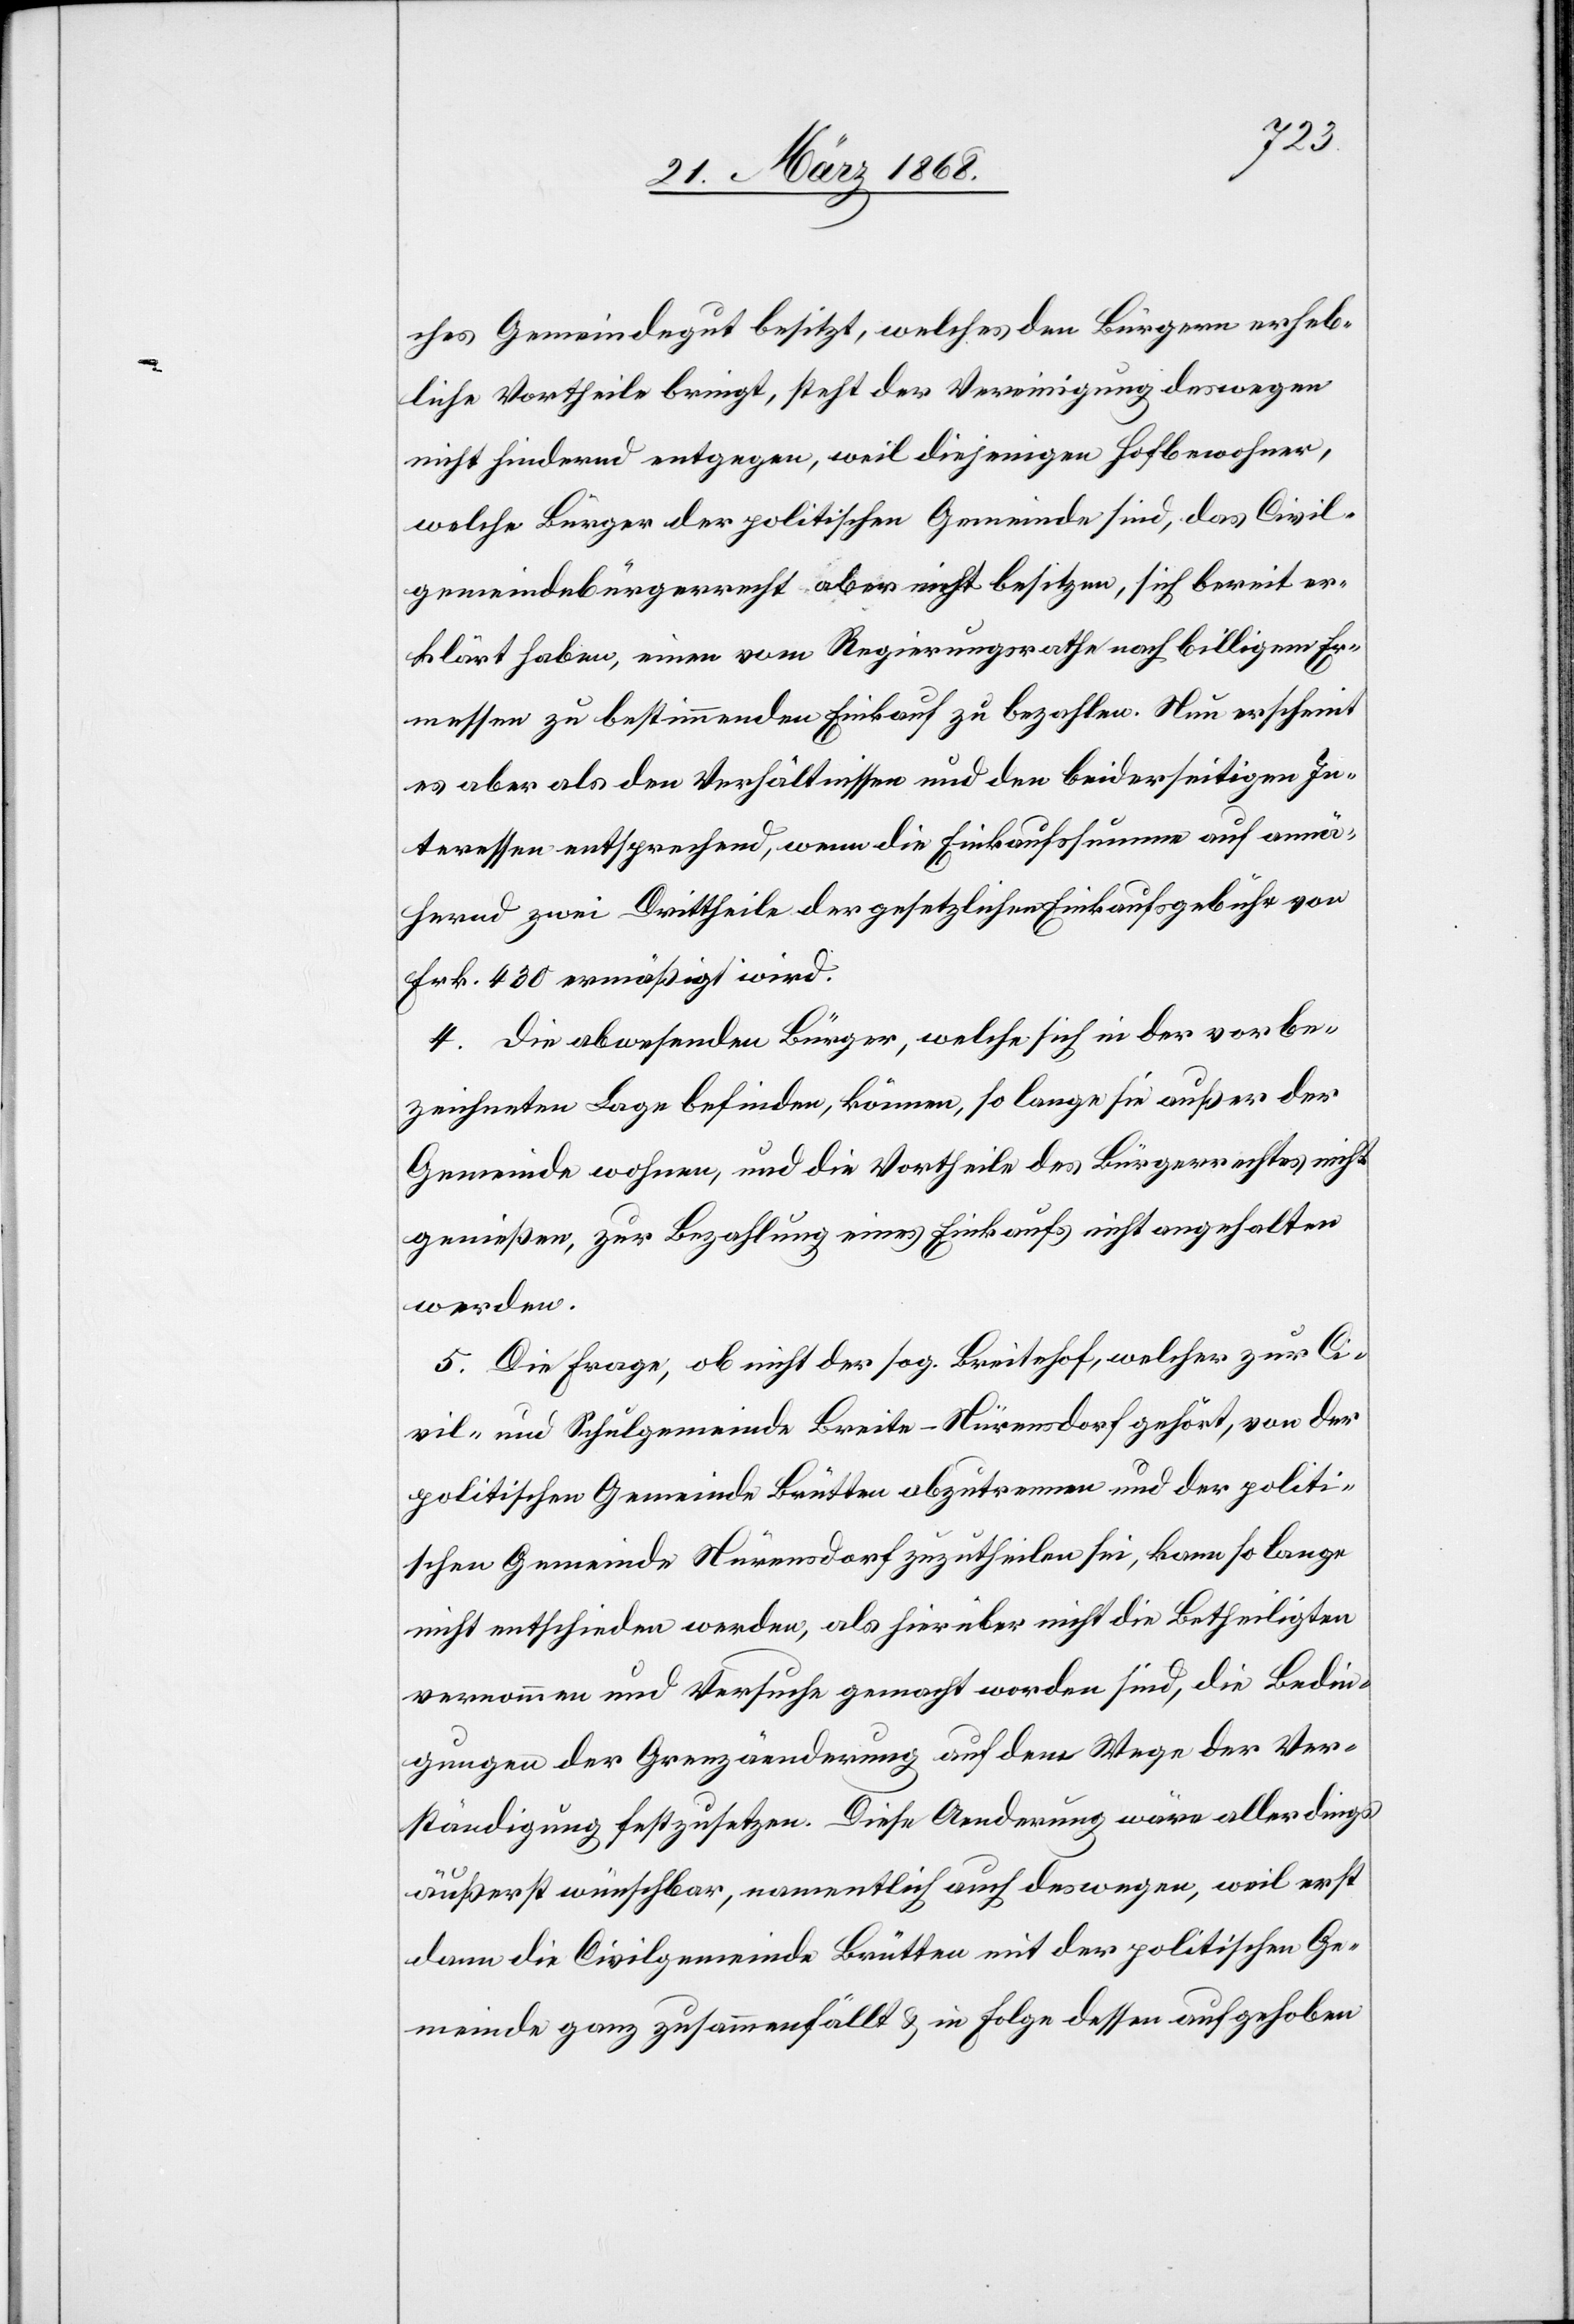
ches Gemeindegut besitzt, welches den Bürgern erheb¬
liche Vortheile bringt, steht der Vereinigung deswegen
nicht hindernd entgegen, weil diejenigen Hofbewohner,
welche Bürger der politischen Gemeinde sind, das Civil¬
gemeindebürgerrecht aber nicht besitzen, sich bereit er¬
klärt haben, einen vom Regierungsrathe nach billigem Er¬
messen zu bestimmenden Einkauf zu bezahlen. Nun erscheint
es aber als den Verhältnissen und den beiderseitigen In¬
teressen entsprechend, wenn die Einkaufssumme auf annä¬
hernd zwei Drittheile der gesetzlichen Einkaufsgebühr von
Frk. 430 ermäßigt wird.
4. Die abwesenden Bürger, welche sich in der vorbe¬
zeichneten Lage befinden, können, so lange sie außer der
Gemeinde wohnen, und die Vortheile des Bürgerrechtes nicht
genießen, zur Bezahlung eines Einkaufs nicht angehalten
werden.
5. Die Frage, ob nicht der sog. Breitehof, welcher zur Ci¬
vil- und Schulgemeinde Breite-Nürensdorf gehört, von der
politischen Gemeinde Brütten abzutrennen und der politi¬
schen Gemeinde Nürensdorf zuzutheilen sei, kann so lange
nicht entschieden werden, als hierüber nicht die Betheiligten
vernommen und Versuche gemacht worden sind, die Bedin¬
gungen der Grenzäenderung [sic!] auf dem Wege der Ver¬
ständigung festzusetzen. Diese Aenderung wäre allerdings
äußerst wünschbar, namentlich auch deswegen, weil erst
dann die Civilgemeinde Brütten mit der politischen Ge¬
meinde ganz zusammenfällt & in Folge dessen aufgehoben